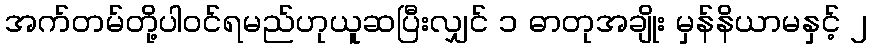
အက်တမ်တို့ပါဝင်ရမည်ဟုယူဆပြီးလျှင် ၁ ဓာတုအချိုး မှန်နိယာမနှင့် ၂